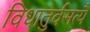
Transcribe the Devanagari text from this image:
विधातुर्वसत्यै